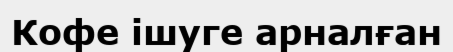
Кофе ішуге арналған